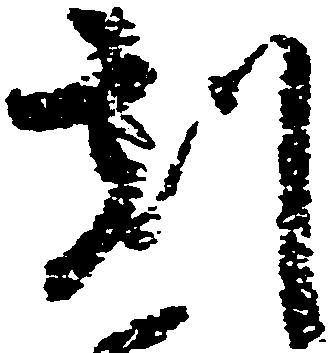
刻